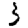
Digit: 3